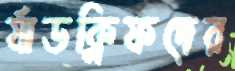
র‍্যাডক্লিফদের